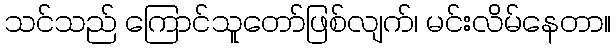
သင်သည် ကြောင်သူတော်ဖြစ်လျက်၊ မင်းလိမ်နေတာ။